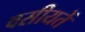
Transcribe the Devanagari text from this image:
वसीयतें